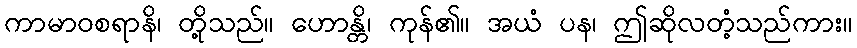
ကာမာဝစရာနိ၊ တို့သည်။ ဟောန္တိ၊ ကုန်၏။ အယံ ပန၊ ဤဆိုလတံ့သည်ကား။